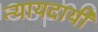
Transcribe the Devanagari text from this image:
न्यायदायी